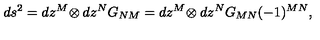
d s ^ { 2 } = d z ^ { M } \! \otimes d z ^ { N } G _ { N M } = d z ^ { M } \! \otimes d z ^ { N } G _ { M N } ( - 1 ) ^ { M N } ,